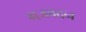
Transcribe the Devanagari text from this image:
गजवदन